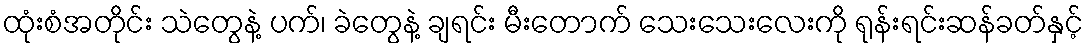
ထုံးစံအတိုင်း သဲတွေနဲ့ ပက်၊ ခဲတွေနဲ့ ချရင်း မီးတောက် သေးသေးလေးကို ရုန်းရင်းဆန်ခတ်နှင့်